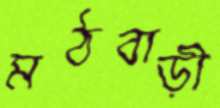
মঠবাড়ী